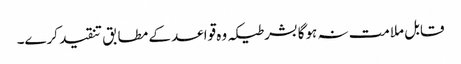
قابل ملامت نہ ہوگا بشرطیکہ وہ قواعد کے مطابق تنقید کرے۔